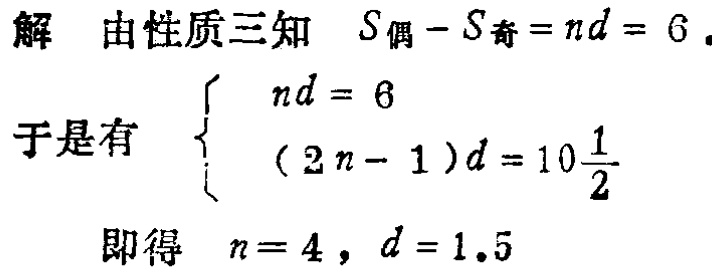
解 由性质三知 \(S_{偶}-S_{奇}=nd = 6\).

于是有 \(\begin{cases}

nd = 6 \\

(2n - 1)d = 10\frac{1}{2}

\end{cases}\)

即得 \(n = 4\), \(d = 1.5\)